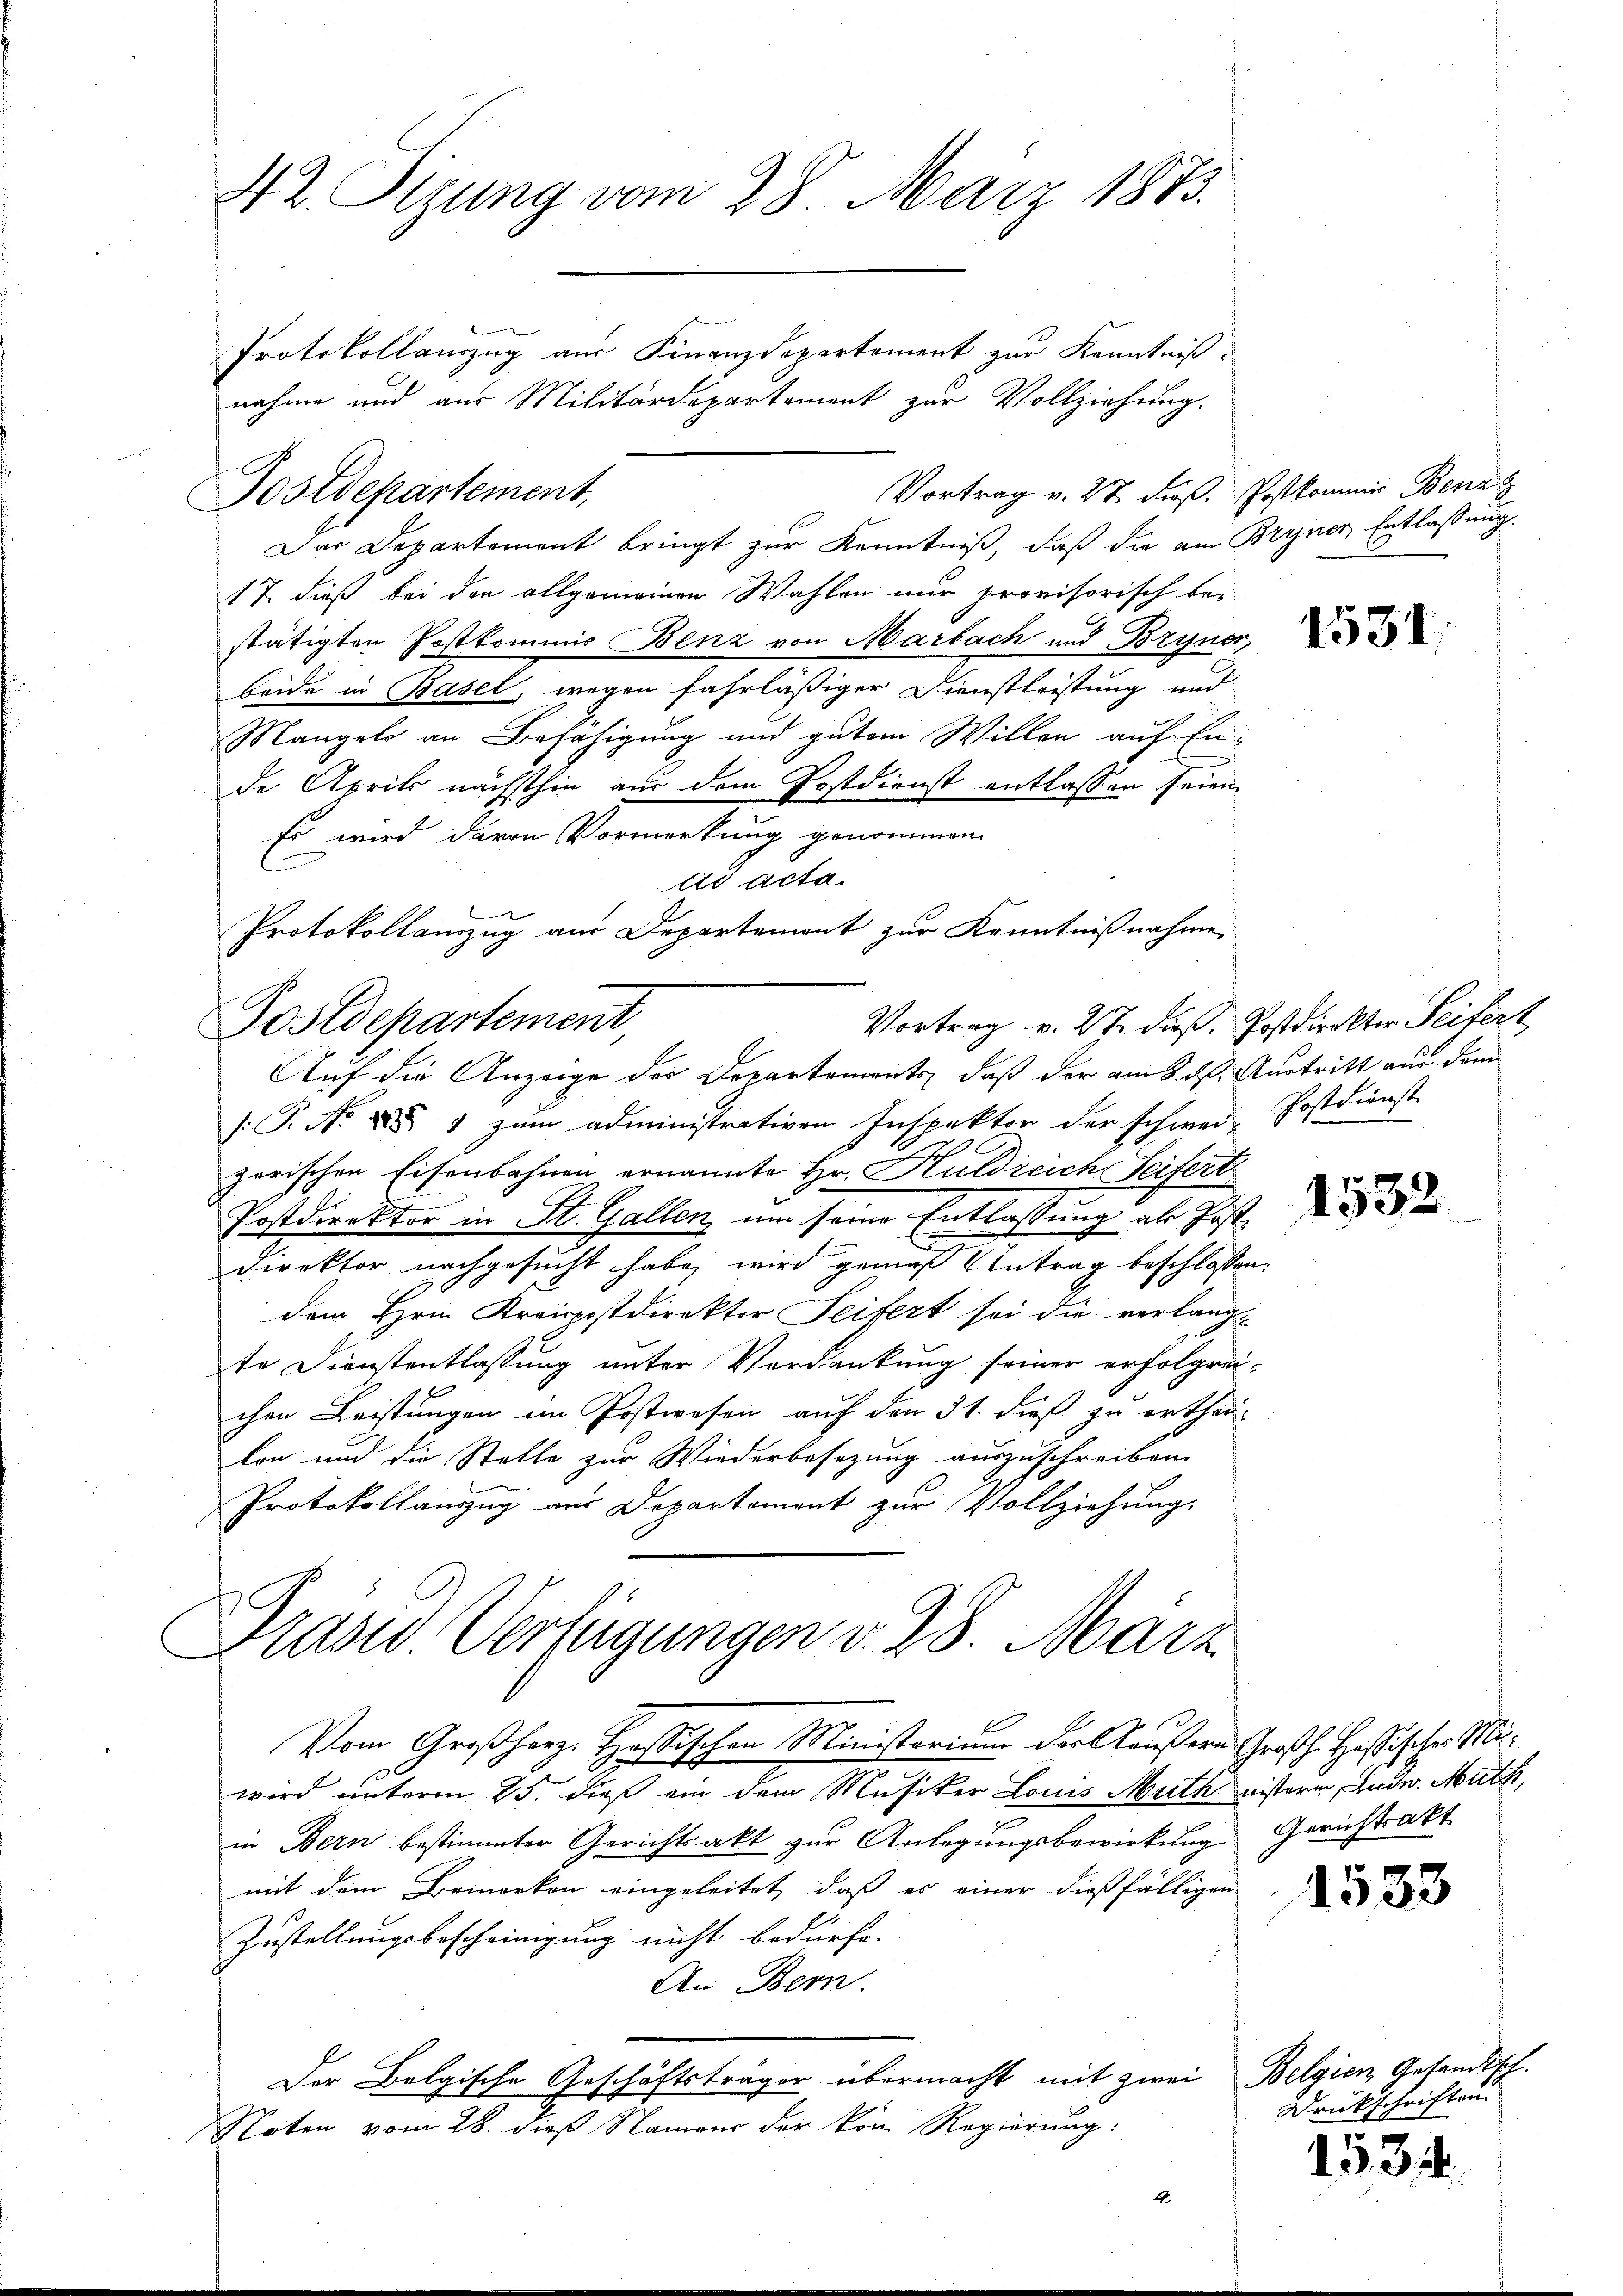
42. Segung vom 28. März 1873.

Vortrag v. 27. dieß. Postkommer Benz
Das Departement bringt zur Kenntniß, daß die am Bryner Entlassung
17. dieß bei den allgemeinen Wahlen nur provisorisch be-
stätigten Postkommnis Benz von Marbach und Bryner,
beide in Basel, wegen fahrläßiger Dienstleistung und
Mangel an Befähigung und gutem Willen auf En-
de Aprils nächsthin aus dem Postdienst entlassen seien.
Es wird davon Vormerkung genommen.
ad acta
Protokollamzug aus Departement zur Kenntnißnahme.
Postdepartement,
Vortrag v. 27. dieß. Postdieckter Seifert
Auf die Anzeige der Departemonts, daß der am 8. ds. Austritt aus dem
/T. No X. 1 zum administrativen Inspektor der schwer, Postdienst
29
zorischen Eisenbahnen ernannte Hr. Huldreich Seifert
Postdirektor in St. Gallen, um seine Entlassung als Jost¬
Direktor nachgesucht habe, wird gemäß Antrag beschlossen,
dem Hrnn Kreispostdirektor Seifert sei die verlang
te Dienstentlassung unter Verdankung seiner erfolgreichen Leistungen im Postwesen auf den 31. dieß zu ertheilon und die Stelle zur Wiederbesezung auszuschreiben.
Protokollanzug aus Departement zur Vollziehung.

Postdepartement,

Protokollauszug aus Finanzdepartement zur Kenntniß.
nahme und aus Militärdepartement zur Vollziehung.

Präsid. Verfügungen v. 28. März

E
Vom Großherze Hostischen Ministorium der Gaußern Großh. Hassischer Miwird unterm 25. dieß ein dem Musiker Louis Muth nisterm Endw. Mith,
in Bern bestimmter Gerichtsakt zŭr Anlegungsbewirkung Gerichtsakt
mit dem Bemerken eingeleitet, daß es einer dießfälligen
Zustellungsbescheinigung nicht bedürfe.
An Bern.
Der Belgische Geschäftsträger übermacht mit zwei Belgien Gesandisch-
Noten vom 28. dieß Namens der vom Regierung:

1531.

1532

1533

Druckschriften

1534